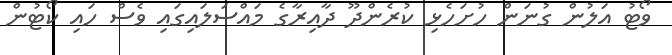
ވޯޓު އަލުން ގުނަން ހުށަހެޅި ކުރެންދޫ ދާއިރާގެ މައްސަލައިގައި ވެސް ހައި ކޯޓުން